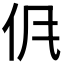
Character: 𱎤